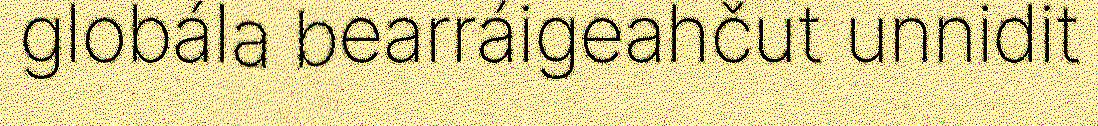
globála bearráigeahčut unnidit